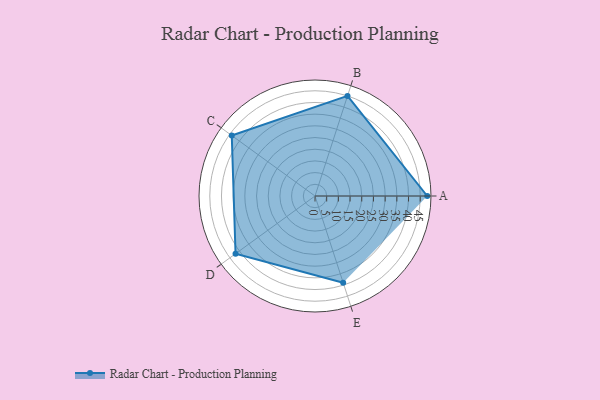
{"axis": {"x": "Skill", "y": "Score"}, "legend": ["Profile"], "data": [{"x": "A", "y": 48.0, "type": "Profile"}, {"x": "B", "y": 45.0, "type": "Profile"}, {"x": "C", "y": 44.0, "type": "Profile"}, {"x": "D", "y": 42.0, "type": "Profile"}, {"x": "E", "y": 39.0, "type": "Profile"}]}